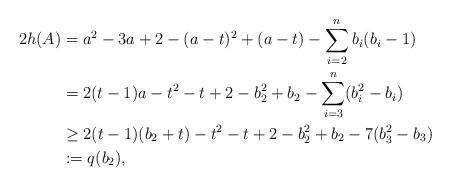
LaTeX: \begin{align*}2h(A)&= a^2-3a+2-(a-t)^2 +(a-t) -\sum_{i=2}^{n} b_i(b_i -1) \\&= 2(t-1)a -t^2-t+2 -b_2^2 +b_2 -\sum_{i=3}^{n} (b_i^2 -b_i) \\ &\geq 2(t-1) (b_2 +t) -t^2-t+2 -b_2^2 +b_2 - 7 (b_3^2 -b_3) \\&:= q(b_2) ,\end{align*}